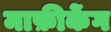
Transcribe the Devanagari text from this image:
माफ़ीकेंग